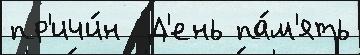
пр'ичи́н  Д'ень па́м'ять